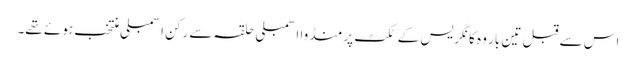
اس سے قبل تین بار وہ کانگریس کے ٹکٹ پر منڈوا اسمبلی حلقہ سے رکن اسمبلی منتخب ہوئے تھے۔